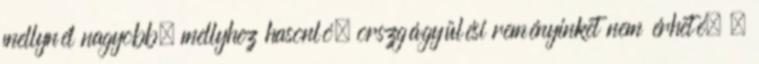
mellynél nagyobb, mellyhez hasonló, orszgágyülési reményinket nem érheté. –